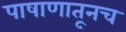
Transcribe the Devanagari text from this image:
पाषाणातूनच